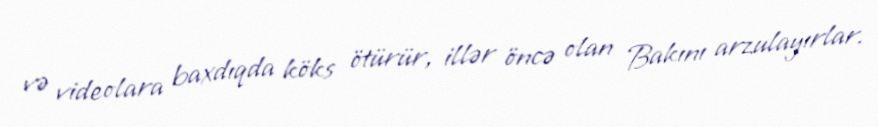
və videolara baxdıqda köks ötürür, illər öncə olan Bakını arzulayırlar.